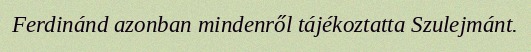
Ferdinánd azonban mindenről tájékoztatta Szulejmánt.